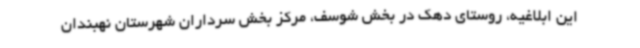
این ابلاغیه، روستای دهک در بخش شوسف، مرکز بخش سرداران شهرستان نهبندان